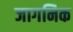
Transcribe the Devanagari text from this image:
जागनिक